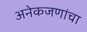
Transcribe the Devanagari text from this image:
अनेकजणांचा